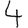
Digit: 4